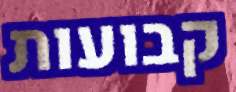
קבועות